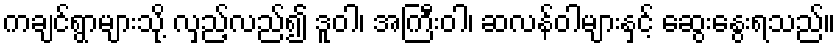
ကချင်ရွာများသို့ လှည့်လည်၍ ဒူဝါ၊ အကြီးဝါ၊ ဆလန်ဝါများနှင့် ဆွေးနွေးရသည်။